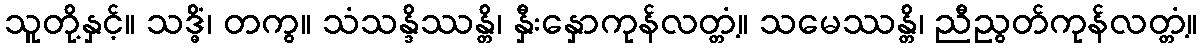
သူတို့နှင့်။ သဒ္ဓိံ၊ တကွ။ သံသန္ဒိဿန္တိ၊ နှီးနှောကုန်လတ္တံ့။ သမေဿန္တိ၊ ညီညွတ်ကုန်လတ္တံ့။